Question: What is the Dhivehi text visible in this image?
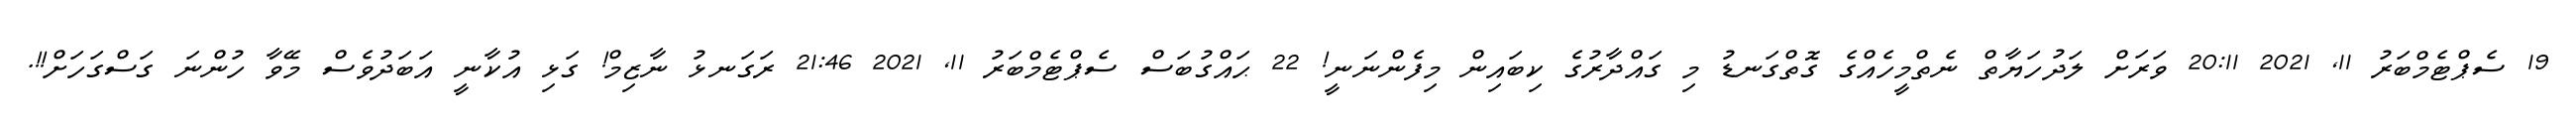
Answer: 19 ސެޕްޓެމްބަރު 11, 2021 20:11 ވަރަށް ލަދުހަޔާތް ނެތްމީހެއްގެ ގޮތްގަނޑު މި ގައްދާރުގެ ކިބައިން މިފެންނަނީ! 22 ޙައްގުބަސް ސެޕްޓެމްބަރު 11, 2021 21:46 ރަގަނޅު ނާޒިމް! ގަޅި އުކާނީ އަބަދުވެސް މޭވާ ހުންނަ ގަސްގަހަށް!!.